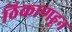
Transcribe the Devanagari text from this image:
ठिकाणहून